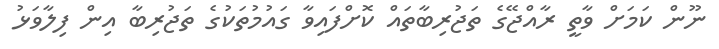
ނޫން ކަމަށް ވާތީ ރާއްޖޭގެ ތަޖުރިބާތައް ކޮށްފައިވާ ގައުމުތަކުގެ ތަޖުރިބާ އިން ފިލާވަޅު